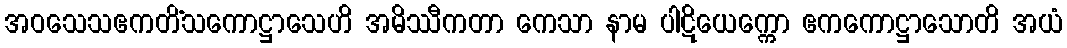
အဝသေသဧကတိံသကောဋ္ဌာသေဟိ အမိဿီကတာ ကေသာ နာမ ပါဋိယေက္ကော ဧကကောဋ္ဌာသောတိ အယံ